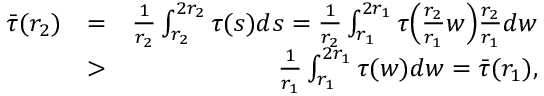
\begin{array} { r l r } { \bar { \tau } ( r _ { 2 } ) } & { = } & { \frac { 1 } { r _ { 2 } } \int _ { r _ { 2 } } ^ { 2 r _ { 2 } } \tau ( s ) d s = \frac { 1 } { r _ { 2 } } \int _ { r _ { 1 } } ^ { 2 r _ { 1 } } \tau \Big ( \frac { r _ { 2 } } { r _ { 1 } } w \Big ) \frac { r _ { 2 } } { r _ { 1 } } d w } \\ & { > } & { \frac { 1 } { r _ { 1 } } \int _ { r _ { 1 } } ^ { 2 r _ { 1 } } \tau ( w ) d w = \bar { \tau } ( r _ { 1 } ) , } \end{array}